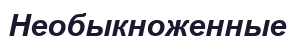
Необыкноженные